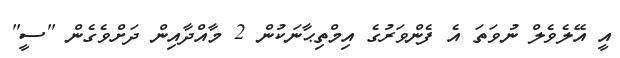
އީ އޭލެވެލް ނުވަތަ އެ ފެންވަރުގެ އިމްތިޙާނަކުން 2 މާއްދާއިން ދަށްވެގެން "ސީ"